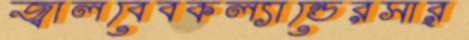
জ্বালবেবকল্যান্ডেরসার্